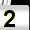
Digit: 2